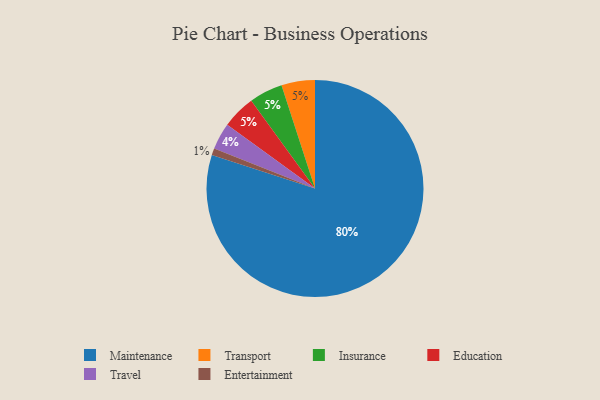
{"axis": {"x": "Category", "y": "Percentage"}, "legend": ["Education", "Entertainment", "Insurance", "Maintenance", "Transport", "Travel"], "data": [{"x": "Transport", "y": 5, "type": "Transport"}, {"x": "Maintenance", "y": 80, "type": "Maintenance"}, {"x": "Entertainment", "y": 1, "type": "Entertainment"}, {"x": "Insurance", "y": 5, "type": "Insurance"}, {"x": "Education", "y": 5, "type": "Education"}, {"x": "Travel", "y": 4, "type": "Travel"}]}